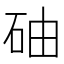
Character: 𥑤